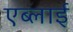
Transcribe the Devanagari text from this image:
एब्लाई